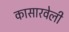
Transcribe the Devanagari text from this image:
कासारवेली